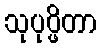
သုပုပ္ဖိတာ